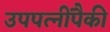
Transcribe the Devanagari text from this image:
उपपत्‍नींपैकी